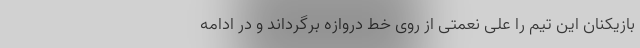
بازیکنان این تیم را علی نعمتی از روی خط دروازه برگرداند و در ادامه